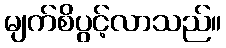
မျက်စိပွင့်လာသည်။